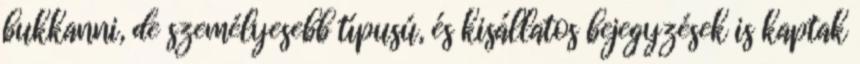
bukkanni, de személyesebb típusú, és kisállatos bejegyzések is kaptak